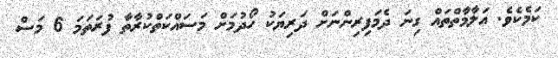
ކަމެކެވެ. އަލާމާތްތައް ގިނަ ދެމަފިރިންނަށް ދަރިޔަކު ހޯދުމަށް މަސައްކަތްކުރާތާ ފުރަތަމަ 6 މަސް